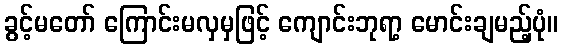
ခွင့်မတော် ကြောင်းမလှမှဖြင့် ကျောင်းဘုရာ့ မောင်းချမည့်ပုံ။